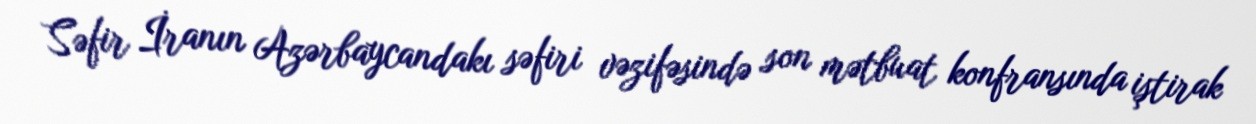
Səfir İranın Azərbaycandakı səfiri vəzifəsində son mətbuat konfransında iştirak